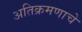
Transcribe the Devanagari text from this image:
अतिक्रमणाचे